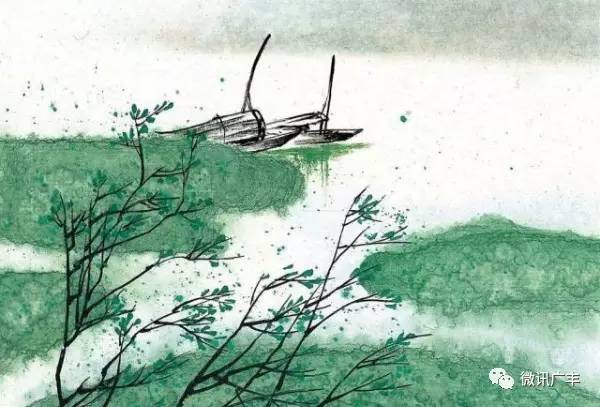
素衣莫起风尘叹，犹及清明可到家。